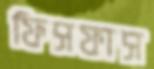
ফিসফাস